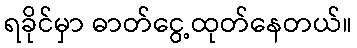
ရခိုင်မှာ ဓာတ်ငွေ့ထုတ်နေတယ်။